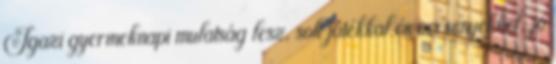
Igazi gyermeknapi mulatság lesz, sok játékkal és versenyekkel, jó